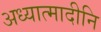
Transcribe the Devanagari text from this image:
अध्यात्मादीनि